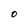
Character: O